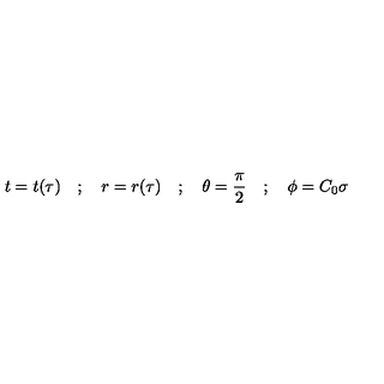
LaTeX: t = t ( \tau ) \quad ; \quad r = r ( \tau ) \quad ; \quad \theta = \frac { \pi } { 2 } \quad ; \quad \phi = C _ { 0 } \sigma